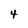
Character: 4